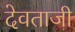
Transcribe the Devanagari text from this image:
देवताजी